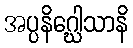
အပ္ပနိဂ္ဃေါသာနိ